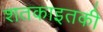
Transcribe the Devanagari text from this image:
शतकाइतकी